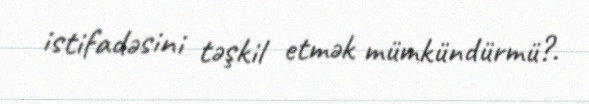
istifadəsini təşkil etmək mümkündürmü?.